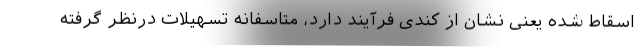
اسقاط شده یعنی نشان از کندی فرآیند دارد، متاسفانه تسهیلات درنظر گرفته